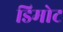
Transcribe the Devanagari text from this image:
डिमोट